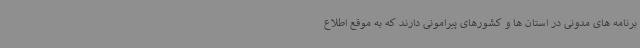
برنامه های مدونی در استان ها و کشورهای پیرامونی دارند که به موقع اطلاع